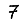
Digit: 7